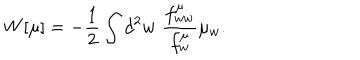
W [ \mu ] = - { \frac { 1 } { 2 } } \int d ^ { 2 } w \, \, { \frac { f _ { w w } ^ { \mu } } { f _ { w } ^ { \mu } } } \mu _ { w } .